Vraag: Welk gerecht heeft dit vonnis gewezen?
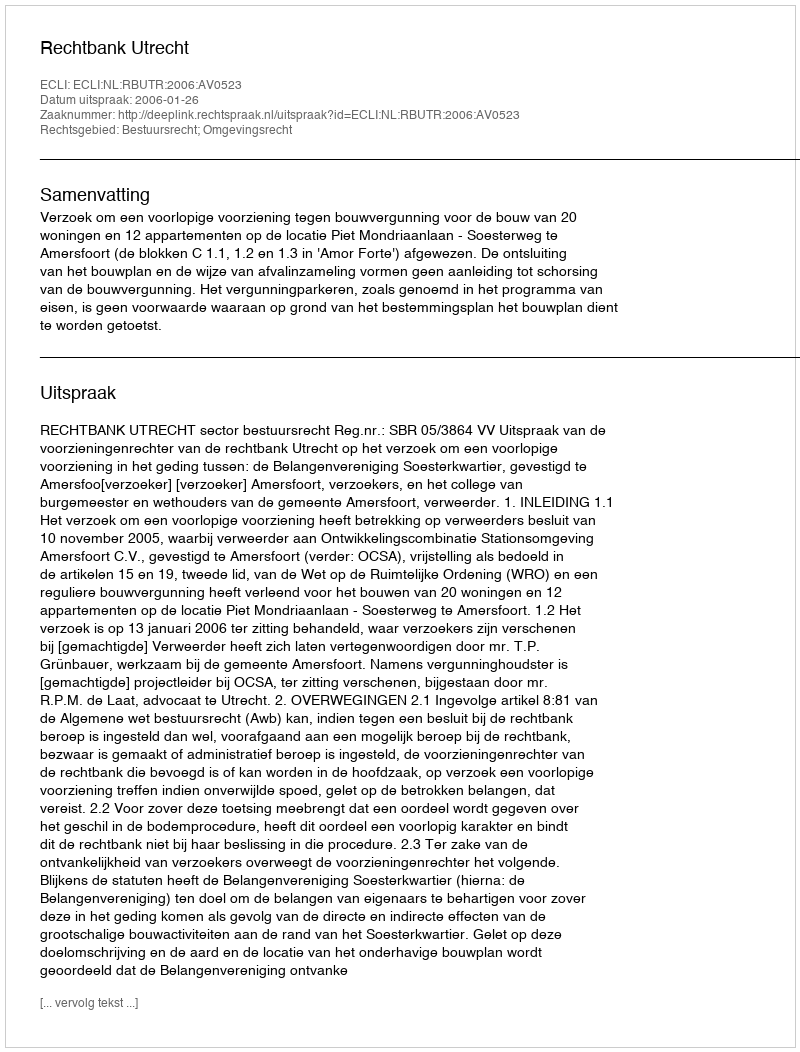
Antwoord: Rechtbank Utrecht